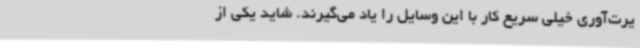
یرت‌آوری خیلی سریع کار با این وسایل را یاد می‌گیرند. شاید یکی از